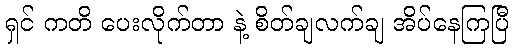
ရှင် ကတိ ပေးလိုက်တာ နဲ့ စိတ်ချလက်ချ အိပ်နေကြပြီ